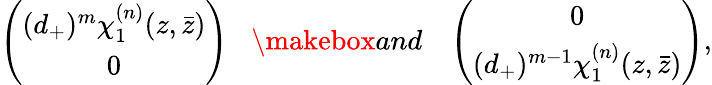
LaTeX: \left(\begin{array}{c}{{(d_{+})^{m}\chi_{1}^{(n)}(z,\bar{z})}}\\ {{0}}\end{array}\right)\; \; \; \makebox{and}\; \; \; \left(\begin{array}{c}{{0}}\\ {{(d_{+})^{m-1}\chi_{1}^{(n)}(z,\bar{z})}}\end{array}\right),